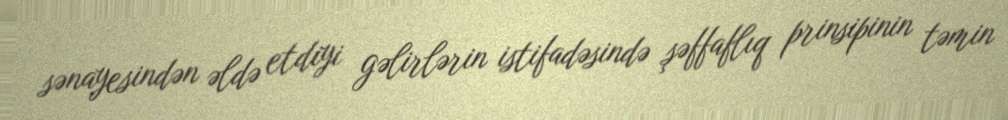
sənayesindən əldə etdiyi gəlirlərin istifadəsində şəffaflıq prinsipinin təmin